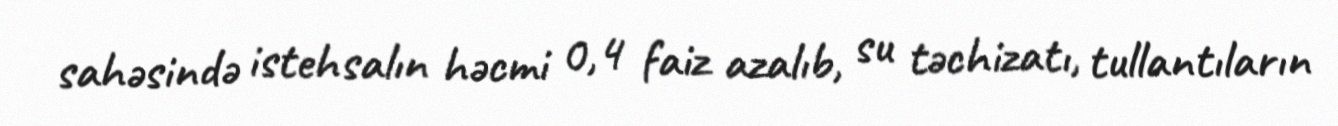
sahəsində istehsalın həcmi 0,4 faiz azalıb, su təchizatı, tullantıların